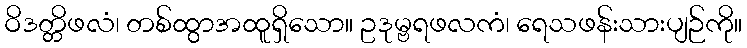
ဝိဒတ္တိဖလံ၊ တစ်ထွာအထူရှိသော။ ဥဒုမ္ဗရဖလကံ၊ ရေသဖန်းသားပျဉ်ကို။